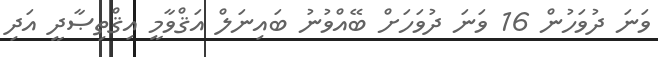
ވަނަ ދުވަހުން 16 ވަނަ ދުވަހަށް ބޭއްވުނު ބައިނަލް އަޤްވާމީ އިޤްތިޞާދީ އަދި